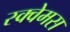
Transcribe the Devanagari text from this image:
स्क्वेमस